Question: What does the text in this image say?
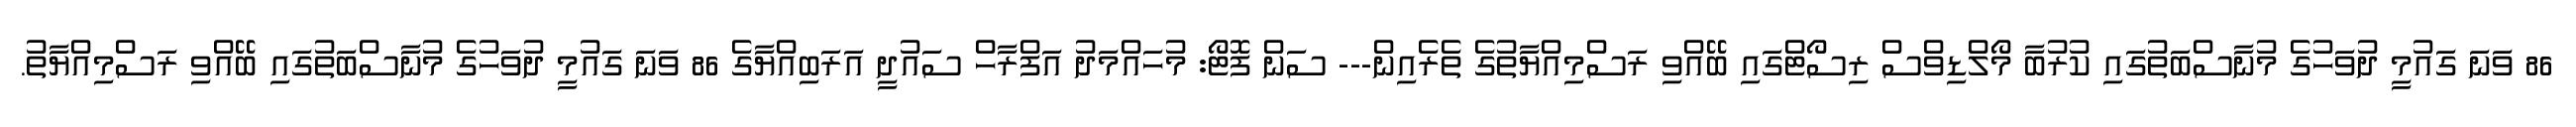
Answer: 86 ވަނަ ގައުމީ ދުވަހުގެ މުނާސްބަތުގައި ކުރުބާ މޯލްޑިވްސް ރިސޯޓްގައި ބޭއްވި ރަސްމިއްޔާތުގެ ތެރެއިން--- ސަން ފޮޓޯ: މުހައްމަދު އަފްރާހް ސައުދީ އަރަބިއްޔާގެ 86 ވަނަ ގައުމީ ދުވަހުގެ މުނާސްބަތުގައި ބޭއްވި ރަސްމިއްޔާތު.